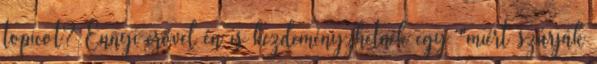
topicot? Ennyi erővel én is kezdeményzhetnék egy "miért szúrják